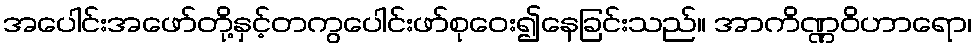
အပေါင်းအဖော်တို့နှင့်တကွပေါင်းဖာ်စုဝေး၍နေခြင်းသည်။ အာကိဏ္ဏဝိဟာရော၊